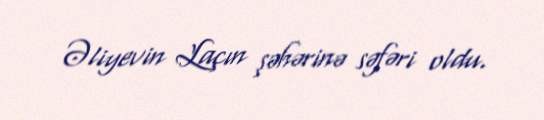
Əliyevin Laçın şəhərinə səfəri oldu.